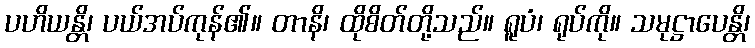
ပဟိယန္တိ၊ ပယ်အပ်ကုန်၏။ တာနိ၊ ထိုစိတ်တို့သည်။ ရူပံ၊ ရုပ်ကို။ သမုဋ္ဌာပေန္တိ၊